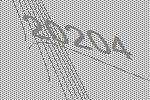
20204